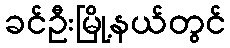
ခင်ဦးမြို့နယ်တွင်